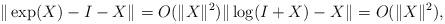
LaTeX: \begin{align*}\|\exp(X)-I-X\|_{}=O(\|X\|_{}^2)\|\log(I+X)-X\|_{}=O(\|X\|_{}^2),\end{align*}